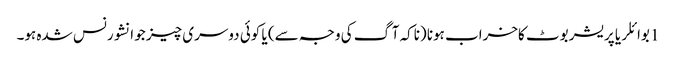
1 بوائلر یا پریشر بوٹ کاخراب ہونا (ناکہ آگ کی وجہ سے) یا کوئی دوسری چیز جو انشورنس شدہ ہو۔